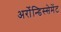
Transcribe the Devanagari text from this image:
अर्रोन्डिस्सेमेंट